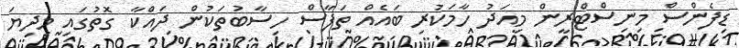
ޑިފެންސް މިނިސްޓްރީން މިއަދު ހާމަކުރި ބައެއް ތަފާސް ހިސާބުތަކުން ދައްކާ ގޮތުގައި މިދިޔަ